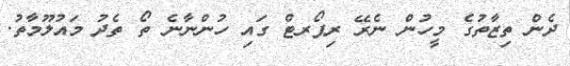
ދެން ތިޒާތުގެ މީހުން ނެރޭ ރިޕޯރޓް ގައި ހުންނާނެ ތޯ ތެދު މައުލޫމާތު.